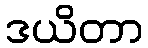
ဒယိတာ